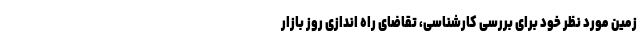
زمین مورد نظر خود برای بررسی کارشناسی، تقاضای راه اندازی روز بازار